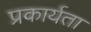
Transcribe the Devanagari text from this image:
प्रकार्यता